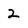
Character: 2